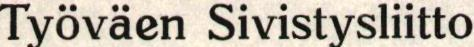
Työväen Sivistysliitto